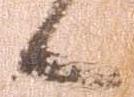
候